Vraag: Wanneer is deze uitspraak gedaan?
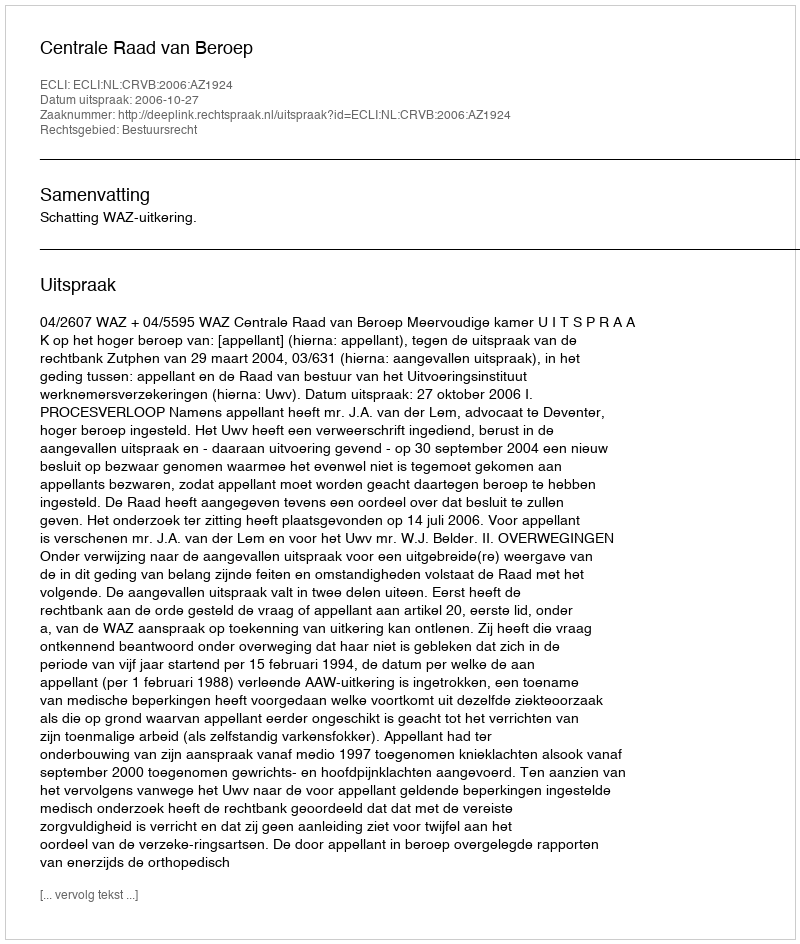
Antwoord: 2006-10-27